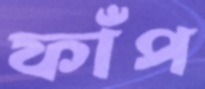
ফাঁপ